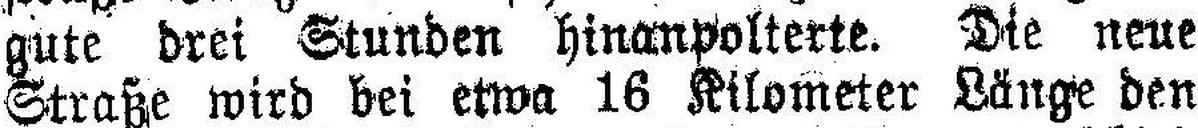
gute drei Stunden hinanpolterte. Die neue